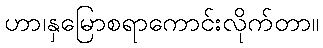
ဟာ၊နှမြောစရာကောင်းလိုက်တာ။